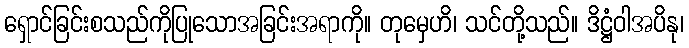
ရှောင်ခြင်းစသည်ကိုပြုသောအခြင်းအရာကို။ တုမှေဟိ၊ သင်တို့သည်။ ဒိဋ္ဌံဝါအပိနု၊